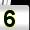
Digit: 5